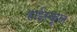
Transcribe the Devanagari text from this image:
हार्इस्कूल